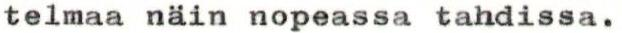
telmaa näin nopeassa tahdissa.